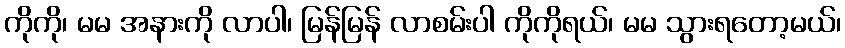
ကိုကို၊ မမ အနားကို လာပါ၊ မြန်မြန် လာစမ်းပါ ကိုကိုရယ်၊ မမ သွားရတော့မယ်၊